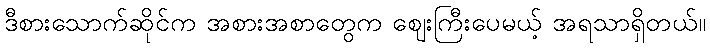
ဒီစားသောက်ဆိုင်က အစားအစာတွေက ဈေးကြီးပေမယ့် အရသာရှိတယ်။